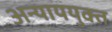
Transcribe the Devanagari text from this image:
अन्याययुक्त